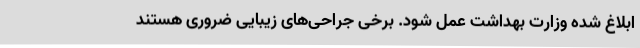
ابلاغ شده وزارت بهداشت عمل شود. برخی جراحی‌های زیبایی ضروری هستند